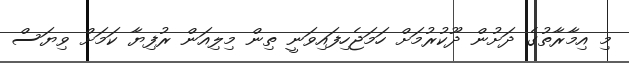
މި އިމާރާތުގެ ދަށުން ދޫކުރުމަށް ހަމަޖެހިފައިވަނީ ތިން މިލިއަން ރުފިޔާ ކަމަށް ވިޔަސް